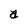
Character: a